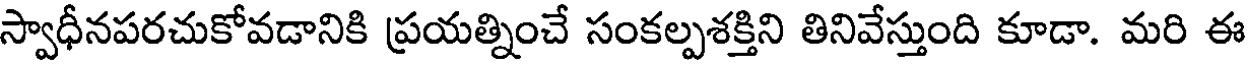
స్వాధీనపరచుకోవడానికి ప్రయత్నించే సంకల్పశక్తిని తినివేస్తుంది కూడా. మరి ఈ